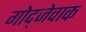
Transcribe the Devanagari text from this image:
गोद्जेवाक